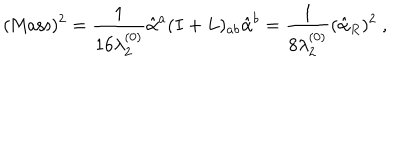
( \mathrm { M a s s } ) ^ { 2 } = { \frac { 1 } { 1 6 \lambda _ { 2 } ^ { ( 0 ) } } } \hat { \alpha } ^ { a } ( I + L ) _ { a b } \hat { \alpha } ^ { b } = { \frac { 1 } { 8 \lambda _ { 2 } ^ { ( 0 ) } } } ( \hat { \alpha } _ { R } ) ^ { 2 } ~ ,